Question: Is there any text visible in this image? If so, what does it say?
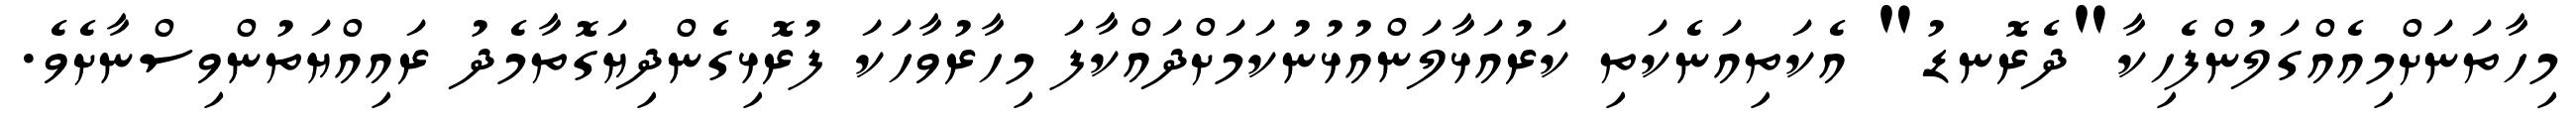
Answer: މިހާތަނަށްމިއެއްގަލުންފެހިކާ"ދެރޮނޑު" އެކަތިއަނެކަތި ކަރުއަޅާލަންއުޅުނުކަމަށްދައްކާފަ މިހާރުވާހަކަ ފުރޮޅިގެންދިޔަގޮތާމެދު ރައިއްޔަތުންވިސްނާށެވެ.